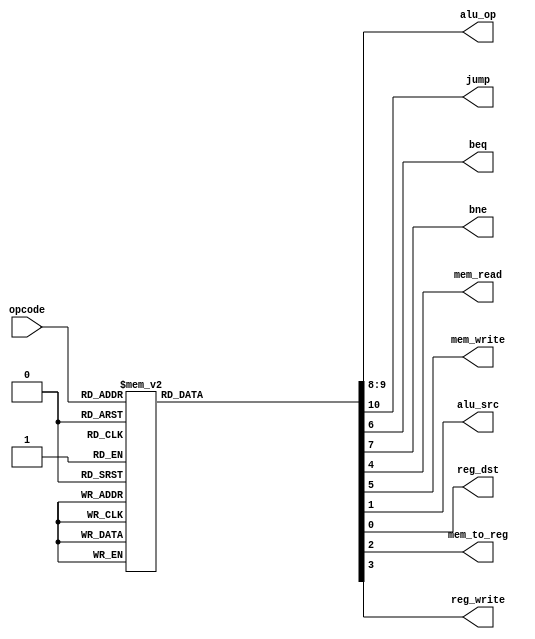
`timescale 1ns / 1ps
// fpga4student.com
// FPGA projects, VHDL projects, Verilog projects
// Verilog code for RISC Processor
// Verilog code for Control Unit
module Control_Unit(
           input[3:0] opcode,
           output reg[1:0] alu_op,
           output reg jump,beq,bne,mem_read,mem_write,alu_src,reg_dst,mem_to_reg,reg_write
       );

always @(*)
begin
    case(opcode)
        4'b0000:  // LW
        begin
            reg_dst = 1'b0;
            alu_src = 1'b1;
            mem_to_reg = 1'b1;
            reg_write = 1'b1;
            mem_read = 1'b1;
            mem_write = 1'b0;
            beq = 1'b0;
            bne = 1'b0;
            alu_op = 2'b10;
            jump = 1'b0;
        end
        4'b0001:  // SW
        begin
            reg_dst = 1'b0;
            alu_src = 1'b1;
            mem_to_reg = 1'b0;
            reg_write = 1'b0;
            mem_read = 1'b0;
            mem_write = 1'b1;
            beq = 1'b0;
            bne = 1'b0;
            alu_op = 2'b10;
            jump = 1'b0;
        end
        4'b0010:  // data_processing
        begin
            reg_dst = 1'b1;
            alu_src = 1'b0;
            mem_to_reg = 1'b0;
            reg_write = 1'b1;
            mem_read = 1'b0;
            mem_write = 1'b0;
            beq = 1'b0;
            bne = 1'b0;
            alu_op = 2'b00;
            jump = 1'b0;
        end
        4'b0011:  // data_processing
        begin
            reg_dst = 1'b1;
            alu_src = 1'b0;
            mem_to_reg = 1'b0;
            reg_write = 1'b1;
            mem_read = 1'b0;
            mem_write = 1'b0;
            beq = 1'b0;
            bne = 1'b0;
            alu_op = 2'b00;
            jump = 1'b0;
        end
        4'b0100:  // data_processing
        begin
            reg_dst = 1'b1;
            alu_src = 1'b0;
            mem_to_reg = 1'b0;
            reg_write = 1'b1;
            mem_read = 1'b0;
            mem_write = 1'b0;
            beq = 1'b0;
            bne = 1'b0;
            alu_op = 2'b00;
            jump = 1'b0;
        end
        4'b0101:  // data_processing
        begin
            reg_dst = 1'b1;
            alu_src = 1'b0;
            mem_to_reg = 1'b0;
            reg_write = 1'b1;
            mem_read = 1'b0;
            mem_write = 1'b0;
            beq = 1'b0;
            bne = 1'b0;
            alu_op = 2'b00;
            jump = 1'b0;
        end
        4'b0110:  // data_processing
        begin
            reg_dst = 1'b1;
            alu_src = 1'b0;
            mem_to_reg = 1'b0;
            reg_write = 1'b1;
            mem_read = 1'b0;
            mem_write = 1'b0;
            beq = 1'b0;
            bne = 1'b0;
            alu_op = 2'b00;
            jump = 1'b0;
        end
        4'b0111:  // data_processing
        begin
            reg_dst = 1'b1;
            alu_src = 1'b0;
            mem_to_reg = 1'b0;
            reg_write = 1'b1;
            mem_read = 1'b0;
            mem_write = 1'b0;
            beq = 1'b0;
            bne = 1'b0;
            alu_op = 2'b00;
            jump = 1'b0;
        end
        4'b1000:  // data_processing
        begin
            reg_dst = 1'b1;
            alu_src = 1'b0;
            mem_to_reg = 1'b0;
            reg_write = 1'b1;
            mem_read = 1'b0;
            mem_write = 1'b0;
            beq = 1'b0;
            bne = 1'b0;
            alu_op = 2'b00;
            jump = 1'b0;
        end
        4'b1001:  // data_processing
        begin
            reg_dst = 1'b1;
            alu_src = 1'b0;
            mem_to_reg = 1'b0;
            reg_write = 1'b1;
            mem_read = 1'b0;
            mem_write = 1'b0;
            beq = 1'b0;
            bne = 1'b0;
            alu_op = 2'b00;
            jump = 1'b0;
        end
        4'b1011:  // BEQ
        begin
            reg_dst = 1'b0;
            alu_src = 1'b0;
            mem_to_reg = 1'b0;
            reg_write = 1'b0;
            mem_read = 1'b0;
            mem_write = 1'b0;
            beq = 1'b1;
            bne = 1'b0;
            alu_op = 2'b01;
            jump = 1'b0;
        end
        4'b1100:  // BNE
        begin
            reg_dst = 1'b0;
            alu_src = 1'b0;
            mem_to_reg = 1'b0;
            reg_write = 1'b0;
            mem_read = 1'b0;
            mem_write = 1'b0;
            beq = 1'b0;
            bne = 1'b1;
            alu_op = 2'b01;
            jump = 1'b0;
        end
        4'b1101:  // Jump
        begin
            reg_dst = 1'b0;
            alu_src = 1'b0;
            mem_to_reg = 1'b0;
            reg_write = 1'b0;
            mem_read = 1'b0;
            mem_write = 1'b0;
            beq = 1'b0;
            bne = 1'b0;
            alu_op = 2'b00;
            jump = 1'b1;
        end
        default: begin
            reg_dst = 1'b1;
            alu_src = 1'b0;
            mem_to_reg = 1'b0;
            reg_write = 1'b1;
            mem_read = 1'b0;
            mem_write = 1'b0;
            beq = 1'b0;
            bne = 1'b0;
            alu_op = 2'b00;
            jump = 1'b0;
        end
    endcase
end

endmodule